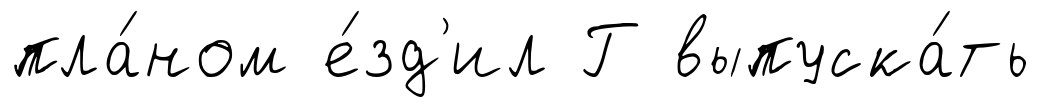
пла́ном е́зд'ил Г выпуска́ть